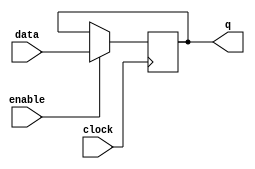
module Gated_DLatchFlipFlop (
    input data, // input data to be stored
    input enable, // gating input to control transfer of data
    input clock, // clock input for synchronous operation
    output reg q // output data stored in D latch
);
    always @(posedge clock) begin
        if (enable) begin
            q <= data;
        end
    end
endmodule